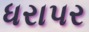
ધરાપર